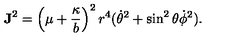
{ \bf J } ^ { 2 } = \left( \mu + { \frac { \kappa } { b } } \right) ^ { 2 } r ^ { 4 } ( \dot { \theta } ^ { 2 } + \sin ^ { 2 } \theta \dot { \phi } ^ { 2 } ) .